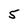
Character: 5